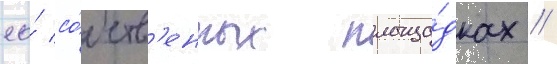
ео́ со́бств'енных площа́дках //